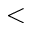
<